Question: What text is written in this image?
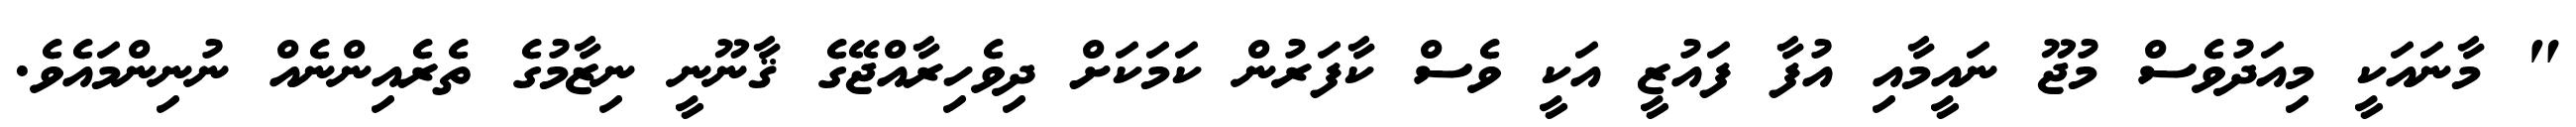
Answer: " މާނައަކީ މިއަދުވެސް މުޖޫ ނައީމާއި އުފާ ފައުޒީ އަކީ ވެސް ކާފަރުން ކަމަކަށް ދިވެހިރާއްޖޭގެ ޤާނޫނީ ނިޒާމުގެ ތެރެއިންނެއް ނުނިންމައެވެ.